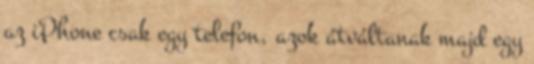
az iPhone csak egy telefon, azok átváltanak majd egy